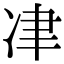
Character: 冿